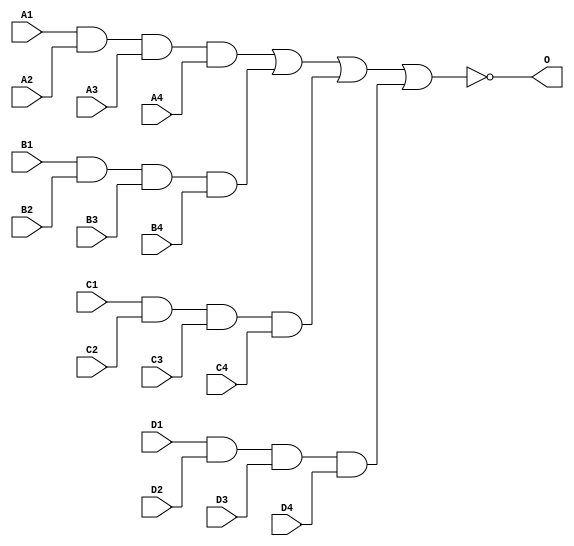
module JD4X4A(A1, A2, A3, A4, B1, B2, B3, B4, C1, C2, C3, 
        C4, D1, D2, D3, D4, O);
input   A1;
input   A2;
input   A3;
input   A4;
input   B1;
input   B2;
input   B3;
input   B4;
input   C1;
input   C2;
input   C3;
input   C4;
input   D1;
input   D2;
input   D3;
input   D4;
output  O;
and g0(w0, A1, A2, A3, A4);
and g1(w5, B1, B2, B3, B4);
and g2(w10, C1, C2, C3, C4);
and g3(w15, D1, D2, D3, D4);
nor g4(O, w0, w5, w10, w15);
endmodule